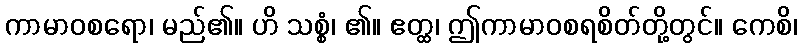
ကာမာဝစရော၊ မည်၏။ ဟိ သစ္စံ၊ ၏။ ဧတ္ထ၊ ဤကာမာဝစရစိတ်တို့တွင်။ ကေစိ၊